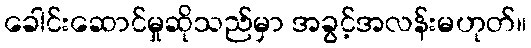
ခေါင်းဆောင်မှုဆိုသည်မှာ အခွင့်အလန်းမဟုတ်။